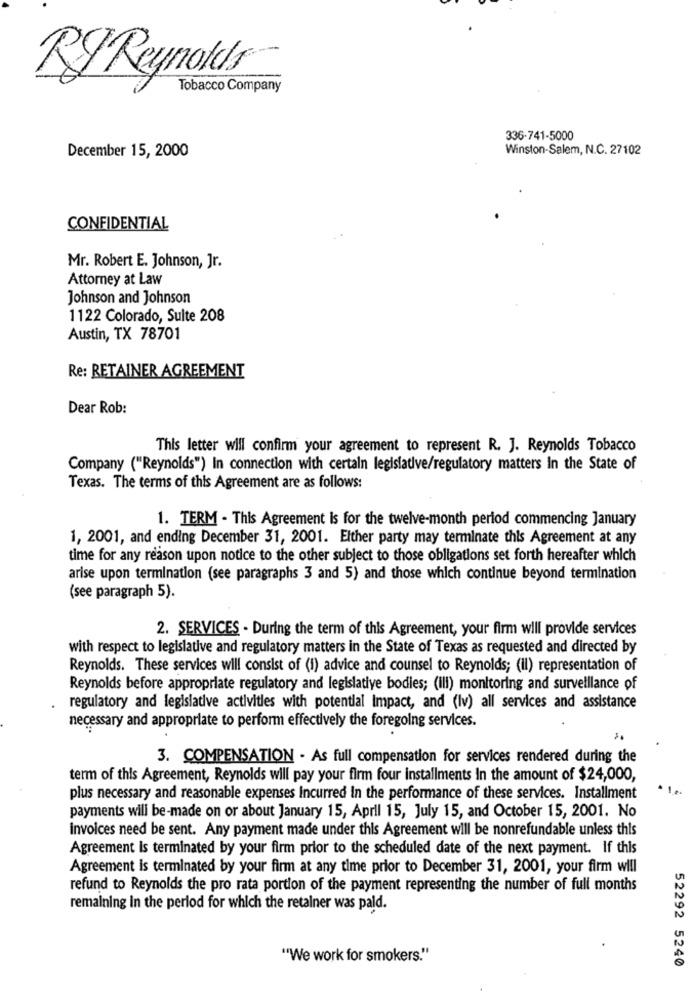
RJ Reynolds
Tobacco Company
336-741-5000
December 15, 2000
Winston-Salem, N.C. 27102
CONFIDENTIAL
Mr. Robert E. Johnson, Jr.
Attorney at Law
Johnson and Johnson
1122 Colorado, Sulte 208
Austin, TX 78701
Re: RETAINER AGREEMENT
Dear Rob:
This letter will confirm your agreement to represent R. J. Reynolds Tobacco
Company ("Reynolds") In connection with certain legislative/regulatory matters In the State of
Texas. The terms of this Agreement are as follows:
1. TERM - This Agreement Is for the twelve-month period commencing January
1, 2001, and ending December 31, 2001. Either party may terminate this Agreement at any
time for any reason upon notice to the other subject to those obligations set forth hereafter which
arise upon termination (see paragraphs 3 and 5) and those which continue beyond termination
(see paragraph 5).
2. SERVICES - During the term of this Agreement, your firm will provide services
with respect to legislative and regulatory matters in the State of Texas as requested and directed by
Reynolds. These services will consist of (i) advice and counsel to Reynolds; (il) representation of
Reynolds before appropriate regulatory and legislative bodies; (ili) monitoring and surveillance of
regulatory and legislative activities with potential Impact, and (Iv) all services and assistance
necessary and appropriate to perform effectively the foregoing services.
3. COMPENSATION - As full compensation for services rendered during the
term of this Agreement, Reynolds will pay your firm four installments In the amount of $24,000,
plus necessary and reasonable expenses Incurred In the performance of these services. Installment
payments will be-made on or about January 15, April 15, July 15, and October 15, 2001. No
invoices need be sent. Any payment made under this Agreement will be nonrefundable unless this
Agreement is terminated by your firm prior to the scheduled date of the next payment. If this
Agreement is terminated by your firm at any time prior to December 31, 2001, your firm will
refund to Reynolds the pro rata portion of the payment representing the number of full months
remaining in the period for which the retainer was paid.
"We work for smokers."
52292 5240